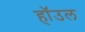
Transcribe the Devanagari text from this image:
हाॅउल